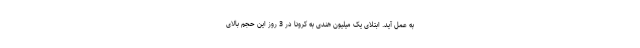
به عمل آید. ابتلای یک میلیون هندی به کرونا در 3 روز این حجم بالای